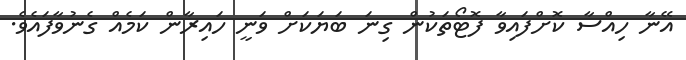
އޭނާ ހިއްސާ ކޮށްފައިވާ ފޮޓޯތަކުން ގިނަ ބަޔަކަށް ވަނީ ހައިރާން ކަމެއް ގެނުވާފައެވެ.